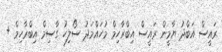
ރައީސް އަބްދު ޔާމީން ރައީސް އިބްރާހިމް މުހައްމަދު ސޯލިހު ގާސިމް އިބްރާހިމް +